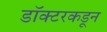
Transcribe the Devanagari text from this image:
डॉक्‍टरकडून